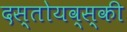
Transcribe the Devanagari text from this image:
दस्तोयव्स्की